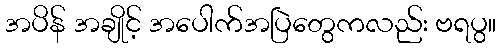
အပိန် အချိုင့် အပေါက်အပြဲတွေကလည်း ဗရပွ။